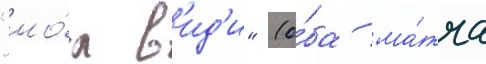
"мо́л в'ид'и" (о́ба ма́тча